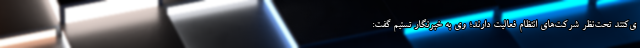
ی‌کنند تحت‌نظر شرکت‌های انتظام فعالیت دارند؛ وی به خبرنگار تسنیم گفت: